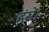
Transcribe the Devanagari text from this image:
हंसे।